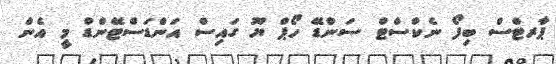
ޕާރޓްސް ބިފޯ ނެކްސްޓް ސަންޑޭ ހޯޕް ޔޫ ގައިސް އަންޑަސްޓޭންޑް މީ އެން